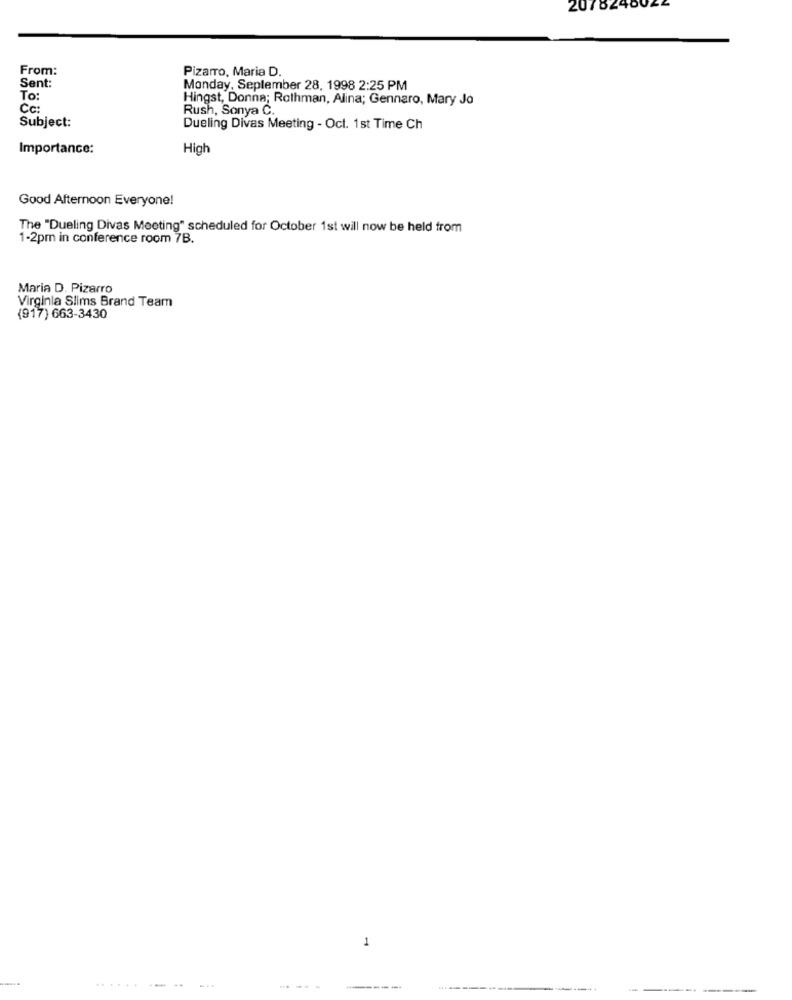
2076240064
From:
Pizarro, Maria D.
Sent:
Monday, September 28, 1998 2:25 PM
To:
Hingst, Donna; Rothman, Alina; Gennaro, Mary Jo
Cc:
Rush, Sonya C.
Subject:
Dueling Divas Meeting - Oct. 1st Time Ch
Importance:
High
Good Afternoon Everyone!
The "Dueling Divas Meeting" scheduled for October 1st will now be held from
1-2pm in conference room 7B.
Maria D. Pizarro
Virginia Slims Brand Team
(917) 663-3430
1
----
..---